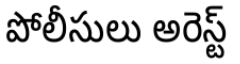
పోలీసులు అరెస్ట్